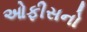
ઓફીસનો